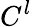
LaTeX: C^{l}